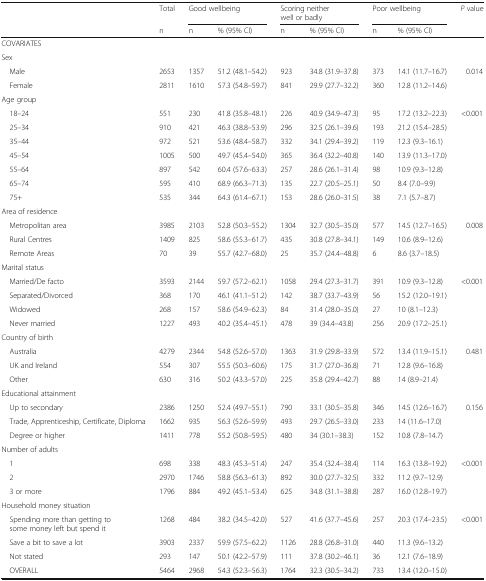
<table><thead><tr><td>[EMPTY_CELL]</td><td><b>Total</b></td><td colspan="2"><b>Good wellbeing</b></td><td colspan="2"><b>Scoring neither well or badly</b></td><td colspan="2"><b>Poor wellbeing</b></td><td><b><i>P</i> value</b></td></tr><tr><td>[EMPTY_CELL]</td><td><b>n</b></td><td><b>n</b></td><td><b>% (95% CI)</b></td><td><b>n</b></td><td><b>% (95% CI)</b></td><td><b>n</b></td><td><b>% (95% CI)</b></td><td>[EMPTY_CELL]</td></tr></thead><tbody><tr><td colspan="9">COVARIATES</td></tr><tr><td colspan="9">Sex</td></tr><tr><td> Male</td><td>2653</td><td>1357</td><td>51.2 (48.1–54.2)</td><td>923</td><td>34.8 (31.9–37.8)</td><td>373</td><td>14.1 (11.7–16.7)</td><td>0.014</td></tr><tr><td> Female</td><td>2811</td><td>1610</td><td>57.3 (54.8–59.7)</td><td>841</td><td>29.9 (27.7–32.2)</td><td>360</td><td>12.8 (11.2–14.6)</td><td>[EMPTY_CELL]</td></tr><tr><td colspan="9">Age group</td></tr><tr><td> 18–24</td><td>551</td><td>230</td><td>41.8 (35.8–48.1)</td><td>226</td><td>40.9 (34.9–47.3)</td><td>95</td><td>17.2 (13.2–22.3)</td><td>&lt;0.001</td></tr><tr><td> 25–34</td><td>910</td><td>421</td><td>46.3 (38.8–53.9)</td><td>296</td><td>32.5 (26.1–39.6)</td><td>193</td><td>21.2 (15.4–28.5)</td><td>[EMPTY_CELL]</td></tr><tr><td> 35–44</td><td>972</td><td>521</td><td>53.6 (48.4–58.7)</td><td>332</td><td>34.1 (29.4–39.2)</td><td>119</td><td>12.3 (9.3–16.1)</td><td>[EMPTY_CELL]</td></tr><tr><td> 45–54</td><td>1005</td><td>500</td><td>49.7 (45.4–54.0)</td><td>365</td><td>36.4 (32.2–40.8)</td><td>140</td><td>13.9 (11.3–17.0)</td><td>[EMPTY_CELL]</td></tr><tr><td> 55–64</td><td>897</td><td>542</td><td>60.4 (57.6–63.3)</td><td>257</td><td>28.6 (26.1–31.4)</td><td>98</td><td>10.9 (9.3–12.8)</td><td>[EMPTY_CELL]</td></tr><tr><td> 65–74</td><td>595</td><td>410</td><td>68.9 (66.3–71.3)</td><td>135</td><td>22.7 (20.5–25.1)</td><td>50</td><td>8.4 (7.0–9.9)</td><td>[EMPTY_CELL]</td></tr><tr><td> 75+</td><td>535</td><td>344</td><td>64.3 (61.4–67.1)</td><td>153</td><td>28.6 (26.0–31.5)</td><td>38</td><td>7.1 (5.7–8.7)</td><td>[EMPTY_CELL]</td></tr><tr><td colspan="9">Area of residence</td></tr><tr><td> Metropolitan area</td><td>3985</td><td>2103</td><td>52.8 (50.3–55.2)</td><td>1304</td><td>32.7 (30.5–35.0)</td><td>577</td><td>14.5 (12.7–16.5)</td><td>0.008</td></tr><tr><td> Rural Centres</td><td>1409</td><td>825</td><td>58.6 (55.3–61.7)</td><td>435</td><td>30.8 (27.8–34.1)</td><td>149</td><td>10.6 (8.9–12.6)</td><td>[EMPTY_CELL]</td></tr><tr><td> Remote Areas</td><td>70</td><td>39</td><td>55.7 (42.7–68.0)</td><td>25</td><td>35.7 (24.4–48.8)</td><td>6</td><td>8.6 (3.7–18.5)</td><td>[EMPTY_CELL]</td></tr><tr><td colspan="9">Marital status</td></tr><tr><td> Married/De facto</td><td>3593</td><td>2144</td><td>59.7 (57.2–62.1)</td><td>1058</td><td>29.4 (27.3–31.7)</td><td>391</td><td>10.9 (9.3–12.8)</td><td>&lt;0.001</td></tr><tr><td> Separated/Divorced</td><td>368</td><td>170</td><td>46.1 (41.1–51.2)</td><td>142</td><td>38.7 (33.7–43.9)</td><td>56</td><td>15.2 (12.0–19.1)</td><td>[EMPTY_CELL]</td></tr><tr><td> Widowed</td><td>268</td><td>157</td><td>58.6 (54.9–62.3)</td><td>84</td><td>31.4 (28.0–35.0)</td><td>27</td><td>10 (8.1–12.3)</td><td>[EMPTY_CELL]</td></tr><tr><td> Never married</td><td>1227</td><td>493</td><td>40.2 (35.4–45.1)</td><td>478</td><td>39 (34.4–43.8)</td><td>256</td><td>20.9 (17.2–25.1)</td><td>[EMPTY_CELL]</td></tr><tr><td colspan="9">Country of birth</td></tr><tr><td> Australia</td><td>4279</td><td>2344</td><td>54.8 (52.6–57.0)</td><td>1363</td><td>31.9 (29.8–33.9)</td><td>572</td><td>13.4 (11.9–15.1)</td><td>0.481</td></tr><tr><td> UK and Ireland</td><td>554</td><td>307</td><td>55.5 (50.3–60.6)</td><td>175</td><td>31.7 (27.0–36.8)</td><td>71</td><td>12.8 (9.6–16.8)</td><td>[EMPTY_CELL]</td></tr><tr><td> Other</td><td>630</td><td>316</td><td>50.2 (43.3–57.0)</td><td>225</td><td>35.8 (29.4–42.7)</td><td>88</td><td>14 (8.9–21.4)</td><td>[EMPTY_CELL]</td></tr><tr><td colspan="9">Educational attainment</td></tr><tr><td> Up to secondary</td><td>2386</td><td>1250</td><td>52.4 (49.7–55.1)</td><td>790</td><td>33.1 (30.5–35.8)</td><td>346</td><td>14.5 (12.6–16.7)</td><td>0.156</td></tr><tr><td> Trade, Apprenticeship, Certificate, Diploma</td><td>1662</td><td>935</td><td>56.3 (52.6–59.9)</td><td>493</td><td>29.7 (26.5–33.0)</td><td>233</td><td>14 (11.6–17.0)</td><td>[EMPTY_CELL]</td></tr><tr><td> Degree or higher</td><td>1411</td><td>778</td><td>55.2 (50.8–59.5)</td><td>480</td><td>34 (30.1–38.3)</td><td>152</td><td>10.8 (7.8–14.7)</td><td>[EMPTY_CELL]</td></tr><tr><td colspan="9">Number of adults</td></tr><tr><td> 1</td><td>698</td><td>338</td><td>48.3 (45.3–51.4)</td><td>247</td><td>35.4 (32.4–38.4)</td><td>114</td><td>16.3 (13.8–19.2)</td><td>&lt;0.001</td></tr><tr><td> 2</td><td>2970</td><td>1746</td><td>58.8 (56.3–61.3)</td><td>892</td><td>30.0 (27.7–32.5)</td><td>332</td><td>11.2 (9.7–12.9)</td><td>[EMPTY_CELL]</td></tr><tr><td> 3 or more</td><td>1796</td><td>884</td><td>49.2 (45.1–53.4)</td><td>625</td><td>34.8 (31.1–38.8)</td><td>287</td><td>16.0 (12.8–19.7)</td><td>[EMPTY_CELL]</td></tr><tr><td colspan="9">Household money situation</td></tr><tr><td> Spending more than getting to some money left but spend it</td><td>1268</td><td>484</td><td>38.2 (34.5–42.0)</td><td>527</td><td>41.6 (37.7–45.6)</td><td>257</td><td>20.3 (17.4–23.5)</td><td>&lt;0.001</td></tr><tr><td> Save a bit to save a lot</td><td>3903</td><td>2337</td><td>59.9 (57.5–62.2)</td><td>1126</td><td>28.8 (26.8–31.0)</td><td>440</td><td>11.3 (9.6–13.2)</td><td>[EMPTY_CELL]</td></tr><tr><td> Not stated</td><td>293</td><td>147</td><td>50.1 (42.2–57.9)</td><td>111</td><td>37.8 (30.2–46.1)</td><td>36</td><td>12.1 (7.6–18.9)</td><td>[EMPTY_CELL]</td></tr><tr><td> OVERALL</td><td>5464</td><td>2968</td><td>54.3 (52.3–56.3)</td><td>1764</td><td>32.3 (30.5–34.2)</td><td>733</td><td>13.4 (12.0–15.0)</td><td>[EMPTY_CELL]</td></tr></tbody></table>